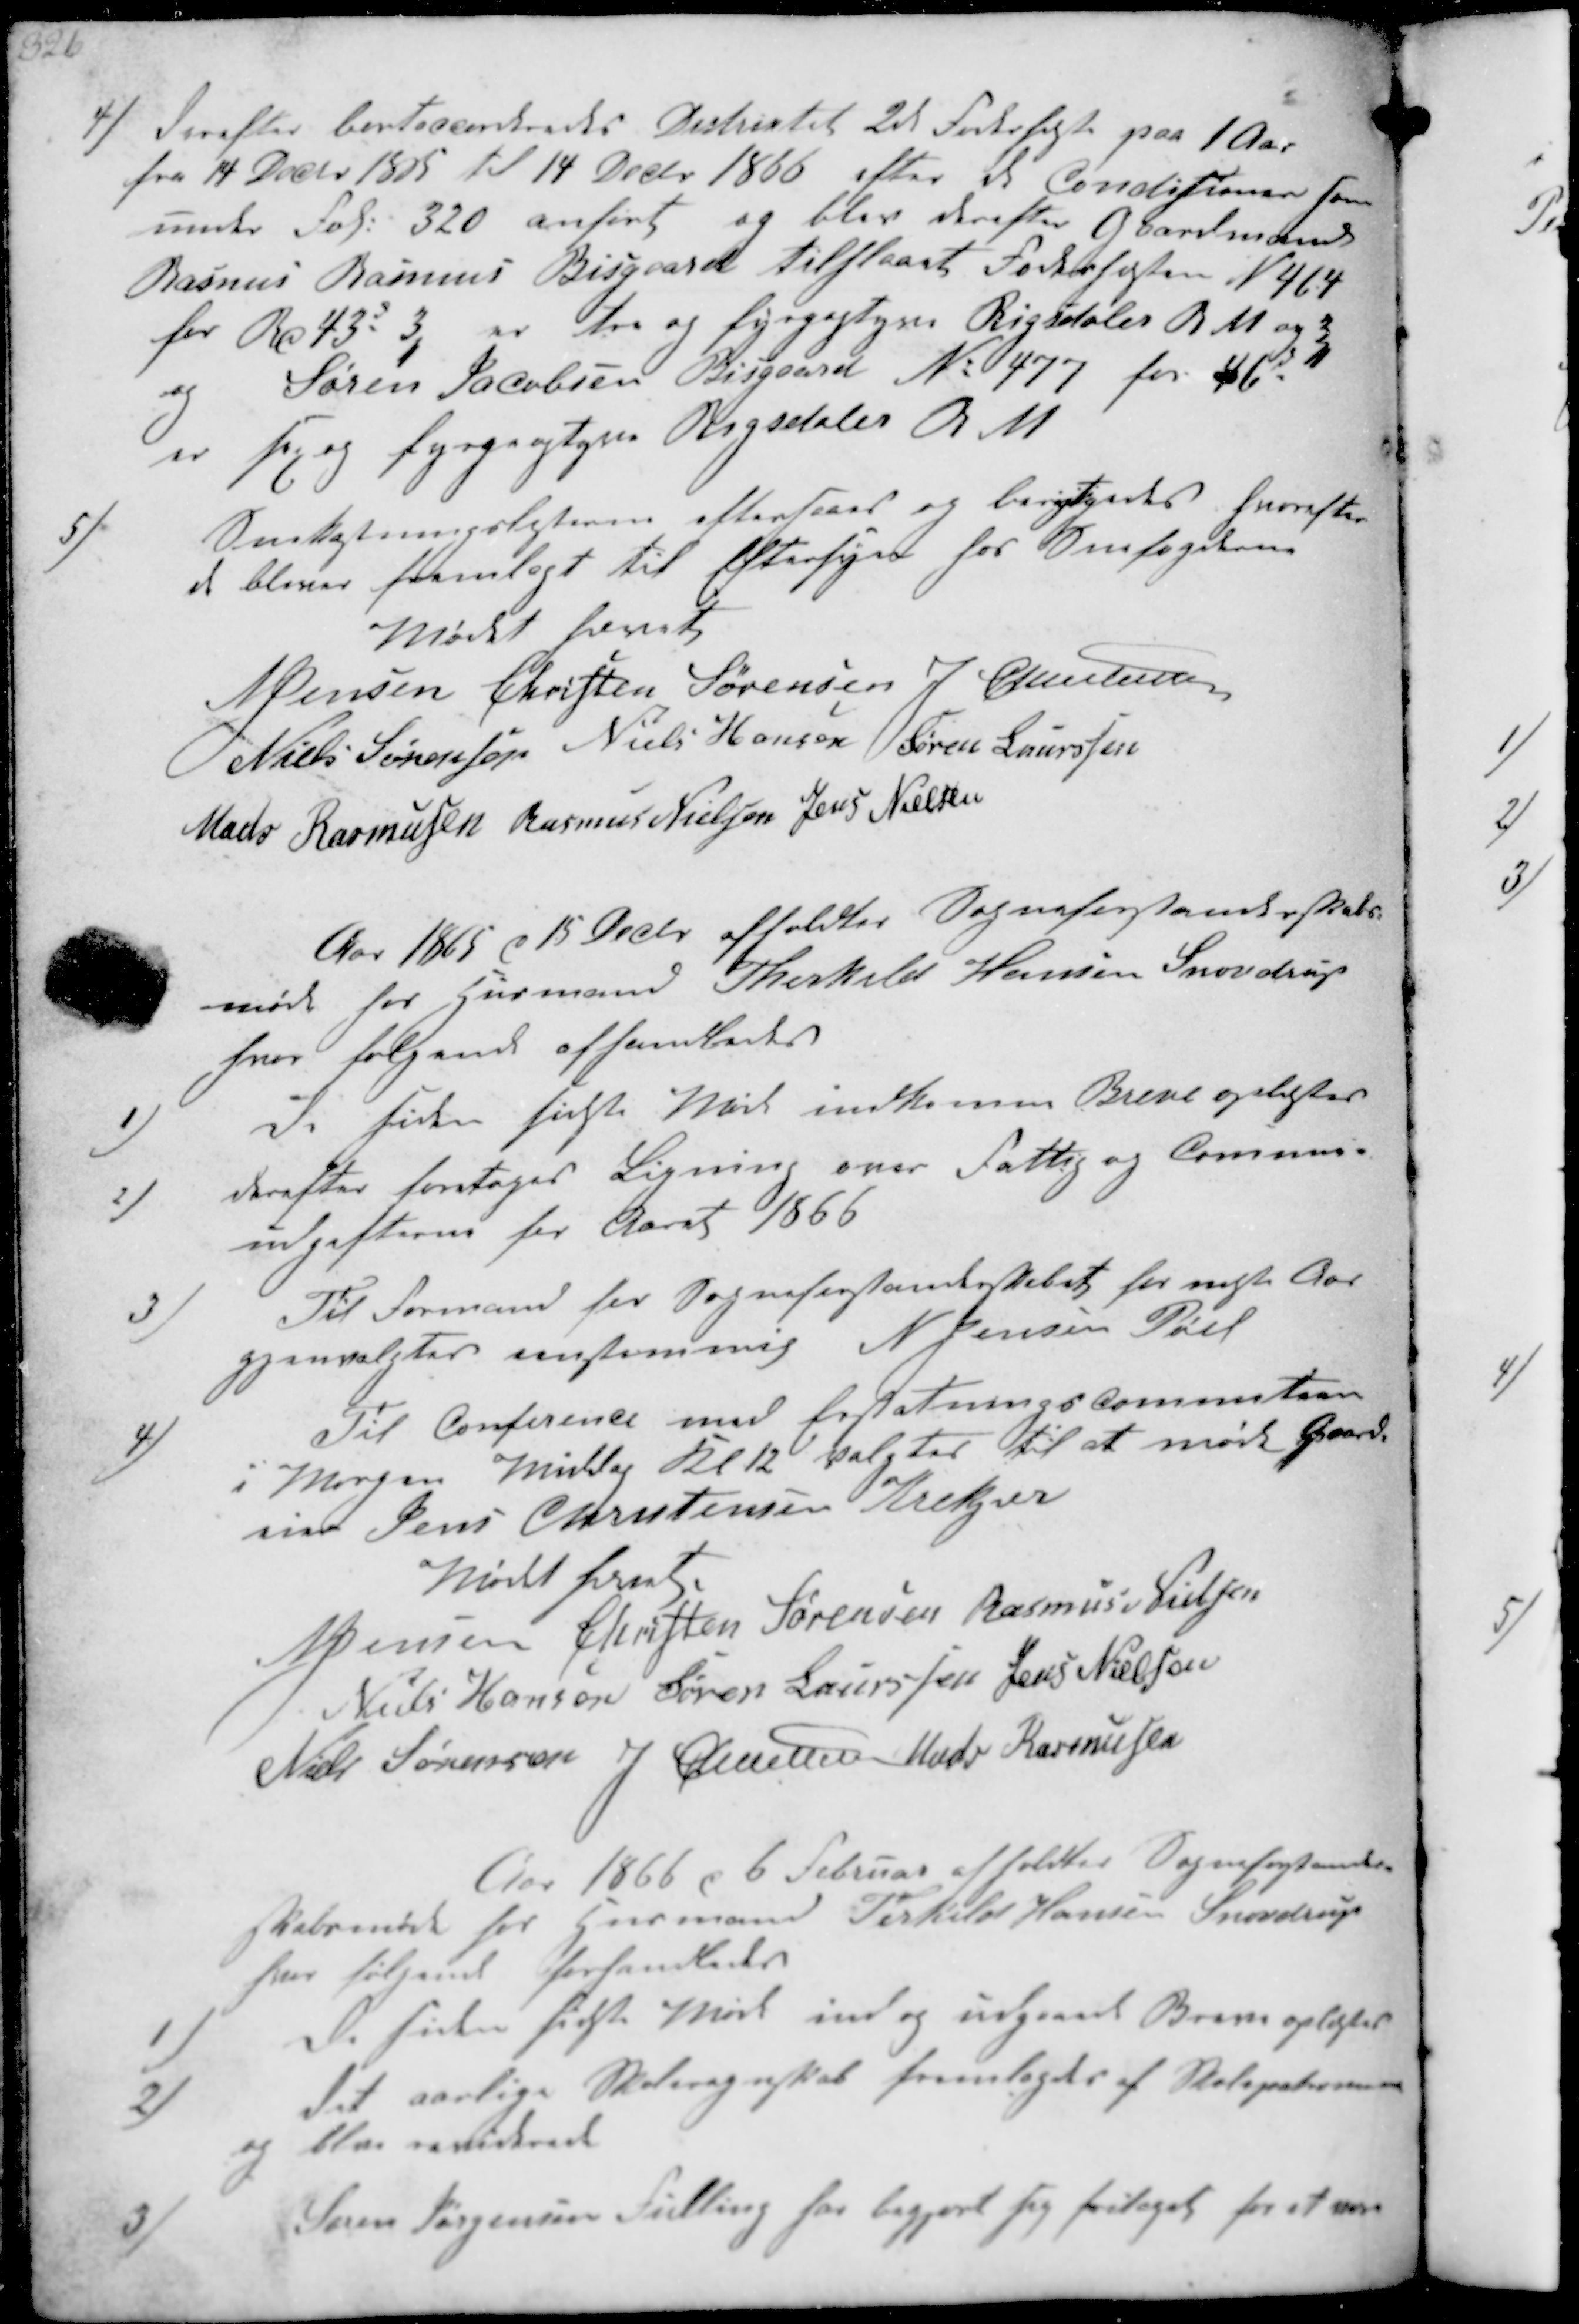
Transskription:
4/ Derefter bortaccorderedes Districtet 2de Foderheste paa 1 Aar
fra 14 Decbr 1865 til 14 Decbr 1866 efter de Conditioner som
under Fol. 320 anført og blev derefter Gaardmand
Rasmus Rasmus Bisgaard tilstaaet Foderhesten N 464
for Rd 43 3, er tre og fyrgeogtyve Rigsdaler B M og 3,
og Søren Jacobsen Bisgaard No 477 for 46d
er sex og fyrgeogtyve Rigsdaler B M

5/
Snekastningslisterne eftersaaes og berigtigedes, hvorefter
de bliver fremlagt til Eftersyn hos Snefogderne

Mødet hævet
N Jensen
Christen Sørensen
J Christensen
Niels Sørensen
Niels Hansen
Søren Laurssen
Niels Rasmussen
Rasmus Nielsen
Jens Nielsen

Aar 1865 d 15 Decbr afholdtes Sogneforstanderskabs-
møde hos Husmand Therkild Hansen Snovdrup
hvor følgende afhandledes

1)
De siden sidste Møde indkomne Breve oplæstes
2)
derefter foretages Ligning over Fattig og Comune-
udgifterne for Aaret 1866

3)
Til Formand for Sogneforstanderskabet for næste Aar
gjenvalgtes enstemmig N Jensen Pøel
4)
Til Conference med Erstatnings Commiteen
i Morgen Middag Kl 12 valgtes til at møde Gaard-
eier Jens Christensen Krekjer

Mødet hævet.
NJensen
Christen Sørensen
Rasmus Nielsen
Niels Hansen
Søren Laurssen
Jens Nielsen
Niels Sørensen
J Christensen
Mads Rasmussen

Aar 1866 d 6 Februar afholdtes Sogneforstander-
skabsmøde hos Husmand Terkild Hansen Snovdrup
hvor følgende forhandledes

1)
De siden sidste Møde ind og udgaaede Breve oplæstes
2)
Det aarlige Skoleregnskab fremlagdes af Skolepatronen
og blev reviderede

3/
Søren Jørgensen Fulling har begjort sig fritaget for at være